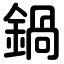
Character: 鍋